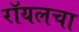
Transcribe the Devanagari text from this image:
रॉयलचा